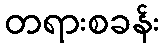
တရားစခန်း